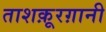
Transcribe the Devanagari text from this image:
ताशक़ूरग़ानी